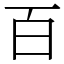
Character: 百